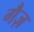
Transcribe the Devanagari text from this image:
गैज़